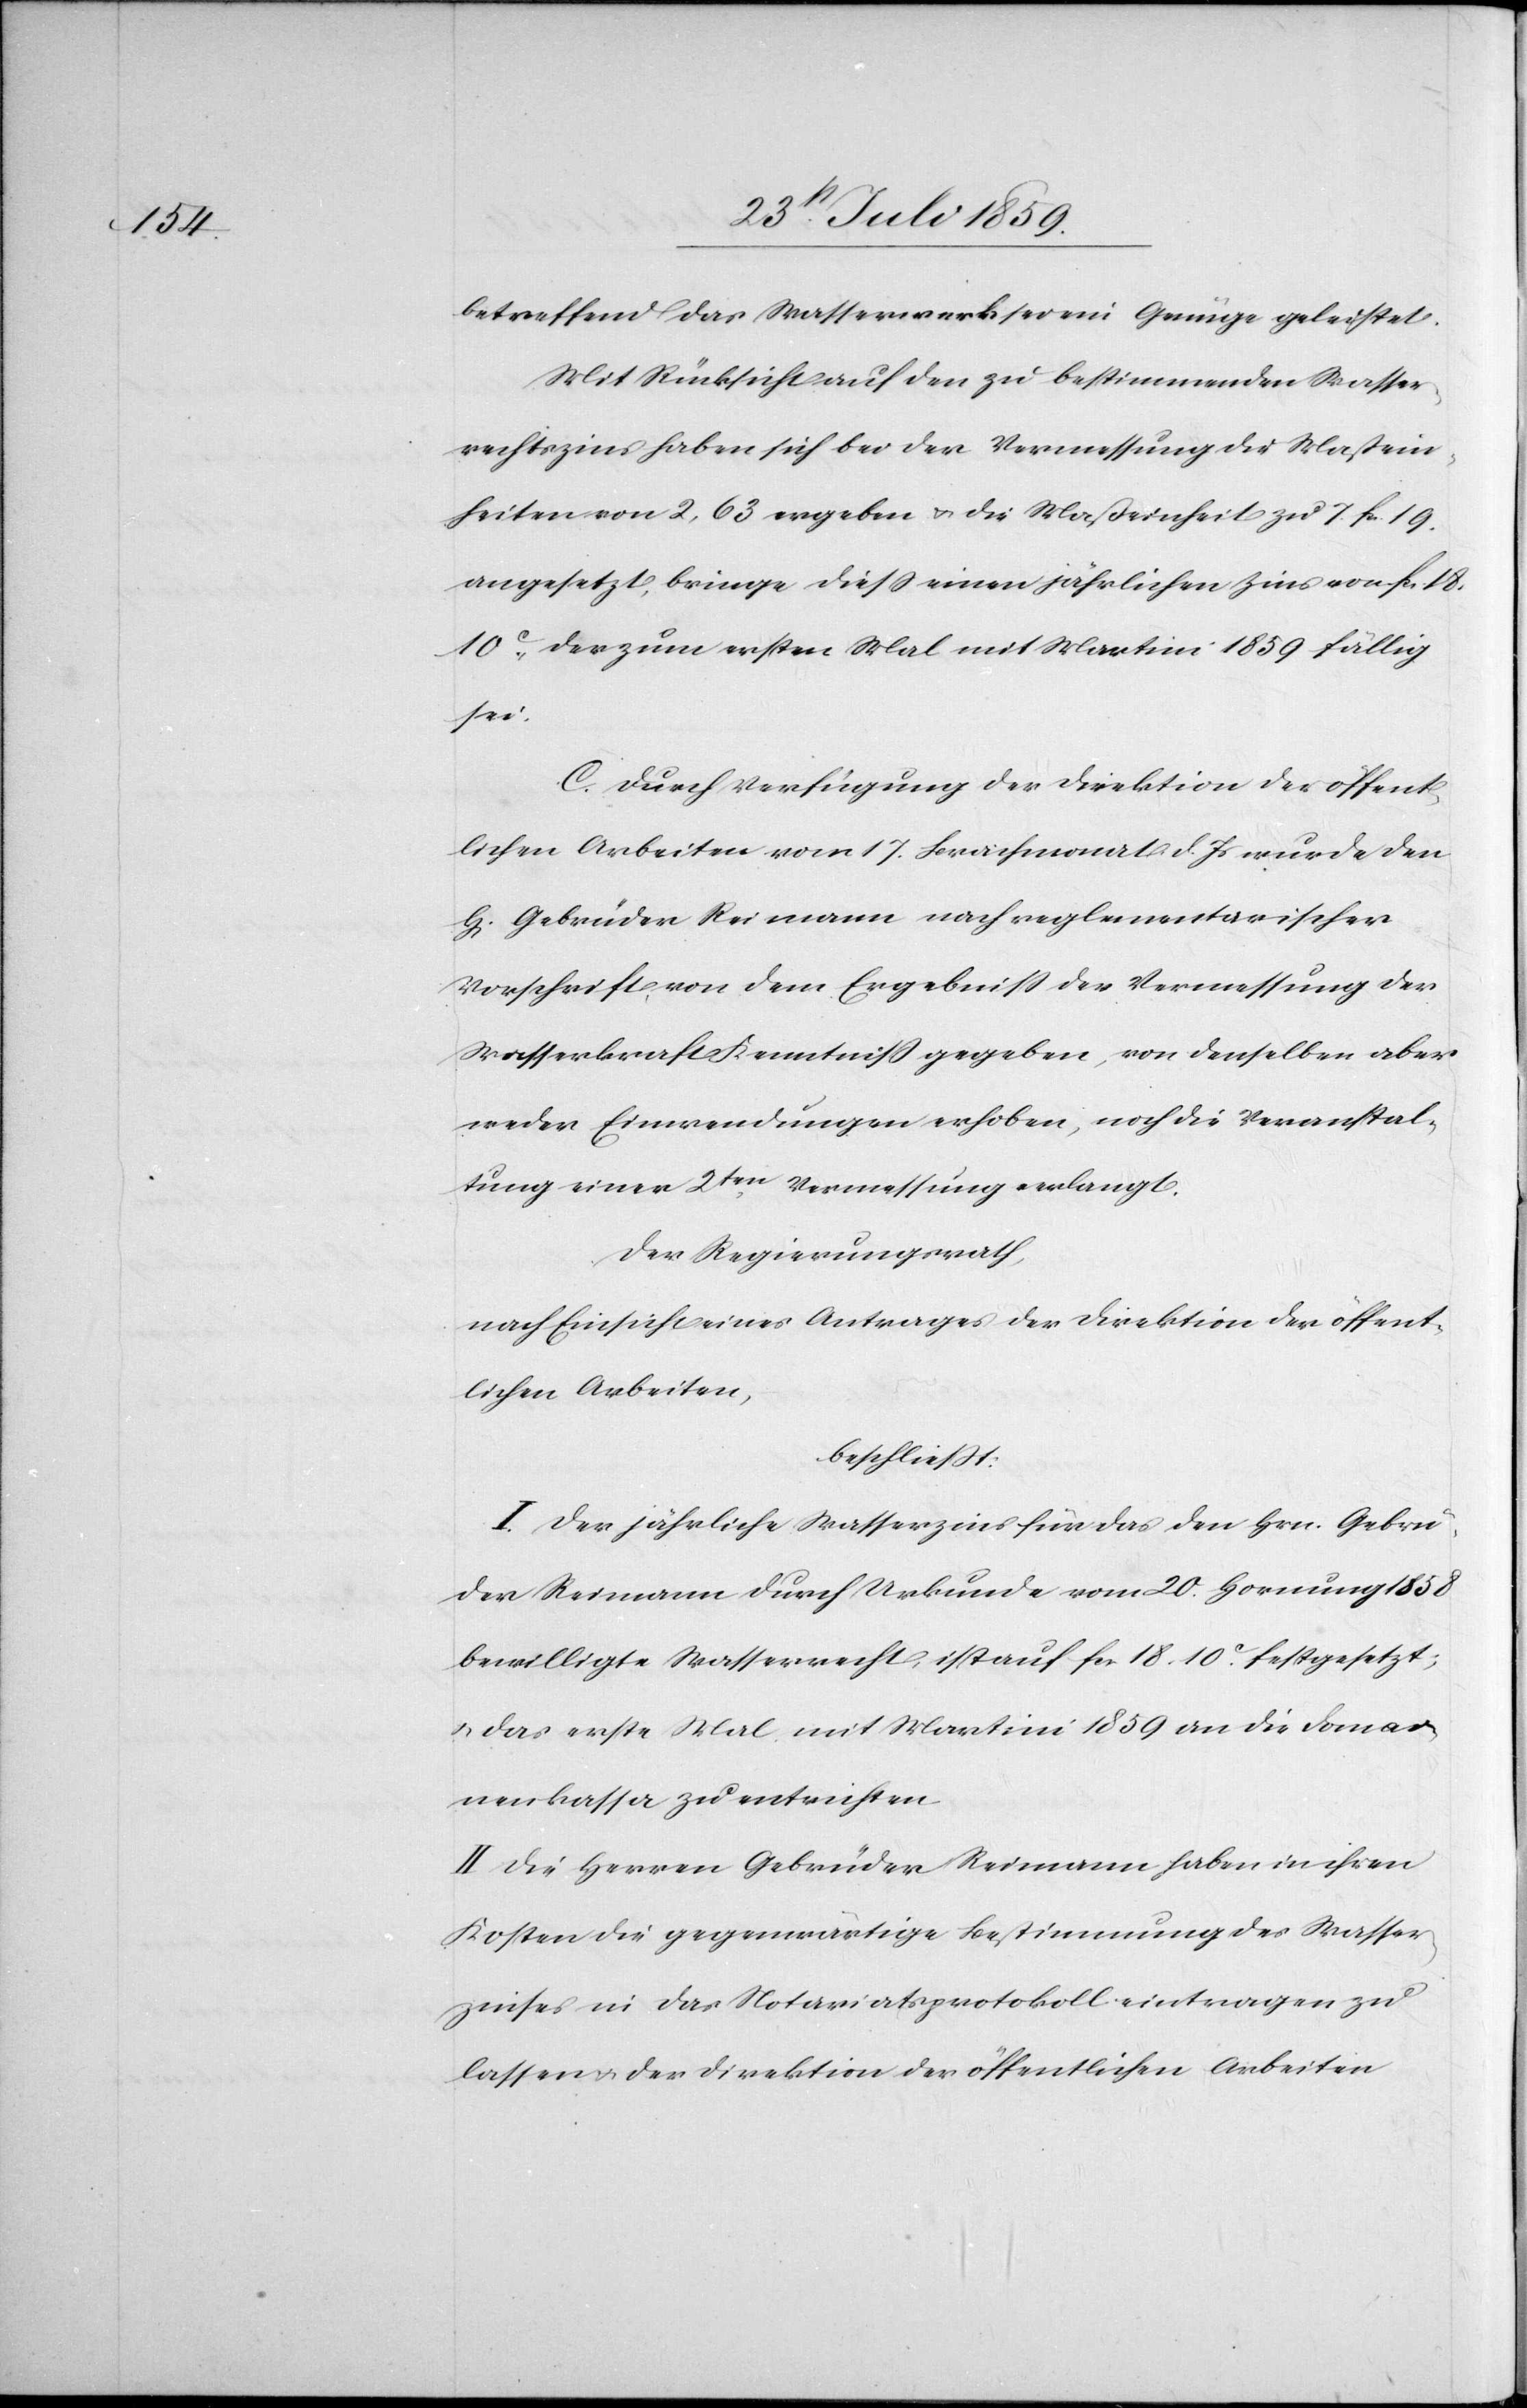
betreffend das Wasserwerk sei ein Genüge geleistet.
Mit Rücksicht auf den zu bestimmenden Wasser¬
rechtszins haben sich bei der Vermessung die Maßein¬
heiten von 2,63 ergeben u. die Maßeinheit zu 7. fcs. 19.
angesetzt, bringe dieß einen jährlichen Zins von fcs. 18.
10c., der zum ersten Mal mit Martini 1859 fällig
sei.
C. Durch Verfügung der Direktion der öffent¬
lichen Arbeiten vom 17. Brachmonat d. Js. wurde den
Gebrüder Reimann nach reglementarischer
Vorschrift von dem Ergebniß der Vermessung der
Wasserkraft Kenntniß gegeben, von denselben aber
weder Einwendungen erhoben, noch die Veranstal¬
tung einer 2ten. Vermessung erlangt.
Der Regierungsrath,
nach Einsicht eines Antrages der Direktion der öffent¬
lichen Arbeiten,
beschließt:
I. Der jährliche Wasserzins für das den Hrn. Gebrü¬
dern Reimann durch Urkunde vom 20. Hornung 1858
bewilligte Wasserrecht, ist auf fcs. 18. 10c. festgesetzt;
u. das erste Mal mit Martini 1859 an die Domai¬
nenkassa zu entrichten
II. Die Herren Gebrüder Reimann haben in ihren
Kosten die gegenwärtige Bestimmung des Wasser¬
zinses in das Notariatsprotokoll eintragen zu
lassen u. der Direktion der öffentlichen Arbeiten